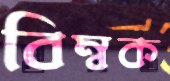
বিম্বক